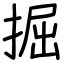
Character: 掘